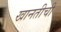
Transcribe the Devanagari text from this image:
खानतीची